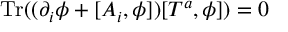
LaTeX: \mathrm { T r } ( ( \partial _ { i } \phi + [ A _ { i } , \phi ] ) [ T ^ { a } , \phi ] ) = 0